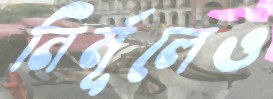
নির্মূলেও